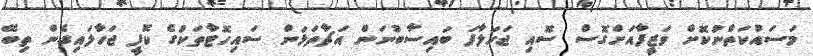
މަސައްކަތްނުކޮށް ވަޒީފާއަށްގޮސް ސޮއި ޖަހަލާފަ ބައިސާބުނަން އަޗާތަޅަން ސައިހޮޓާތަކުގެ ކޮފީ ޖަހާލައިގެން ތިބޭ